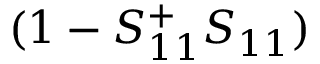
( 1 - S _ { 1 1 } ^ { + } S _ { 1 1 } )